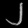
Digit: ၂